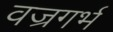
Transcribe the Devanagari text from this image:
वज्रगर्भ